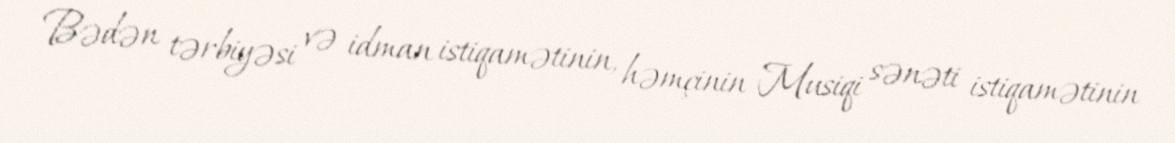
Bədən tərbiyəsi və idman istiqamətinin, həmçinin Musiqi sənəti istiqamətinin